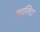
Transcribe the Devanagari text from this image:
ख़ालिदा